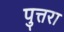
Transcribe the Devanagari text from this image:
पुत्तरा